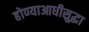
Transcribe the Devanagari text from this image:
होण्याआधीसुद्धा